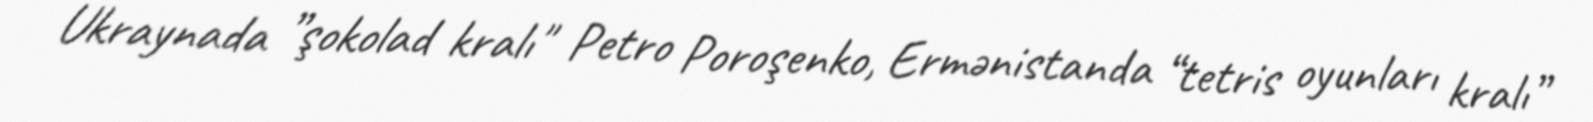
Ukraynada ”şokolad kralı" Petro Poroşenko, Ermənistanda “tetris oyunları kralı”